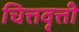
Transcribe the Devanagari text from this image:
चित्तवृत्ती